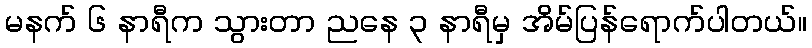
မနက် ၆ နာရီက သွားတာ ညနေ ၃ နာရီမှ အိမ်ပြန်ရောက်ပါတယ်။